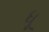
ધૂ